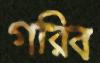
গরিব